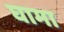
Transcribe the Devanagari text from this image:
घामा